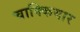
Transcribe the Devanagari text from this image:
चाक्कियार